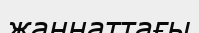
жаннаттағы